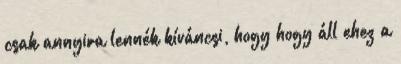
csak annyira lennék kíváncsi, hogy hogy áll ehez a